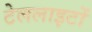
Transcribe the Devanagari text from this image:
टेललाइटों